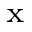
_ \mathrm { x }